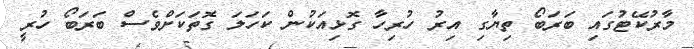
މާރުކޭޓުގައި ބަރަބޯ ތިޔާގި އިރު ހުރިހާ ގޮޅިއަކުން ކަހަލަ ގޮތަކަށްވެސް ބަރަބޯ ހުރީ